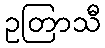
ဥတြာသီ